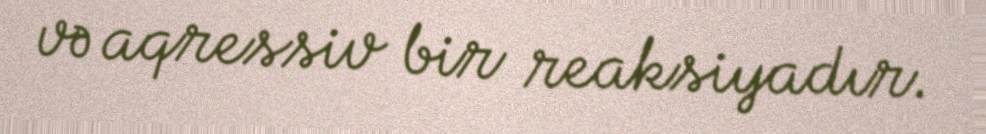
və aqressiv bir reaksiyadır.